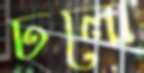
ঢলো